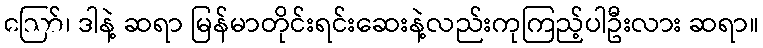
ဪ၊ ဒါနဲ့ ဆရာ မြန်မာတိုင်းရင်းဆေးနဲ့လည်းကုကြည့်ပါဦးလား ဆရာ။